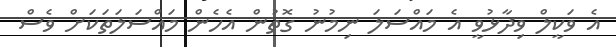
އެ ވަކީލް ވިދާޅުވީ އެ މައްސަލަ ނިމުނު ގޮތުން އެހެން މައްސަލަތަކަށް ވެސް